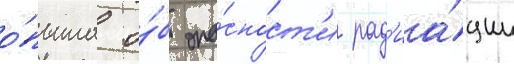
о́пыта о́б опа́сност'и рад'иа́ции